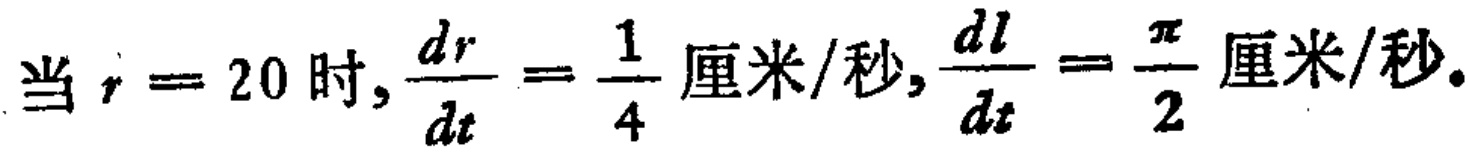
当 \(r = 20\) 时, \(\frac{dr}{dt}=\frac{1}{4}\) 厘米/秒, \(\frac{dl}{dt}=\frac{\pi}{2}\) 厘米/秒.